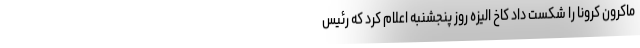
ماکرون کرونا را شکست داد کاخ الیزه روز پنجشنبه اعلام کرد که رئیس